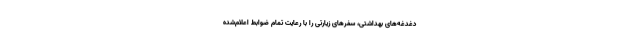
دغدغه‌های بهداشتی، سفرهای زیارتی را با رعایت تمام ضوابط اعلام‌شده